Scottish Leaving Certificate Examination, 1952
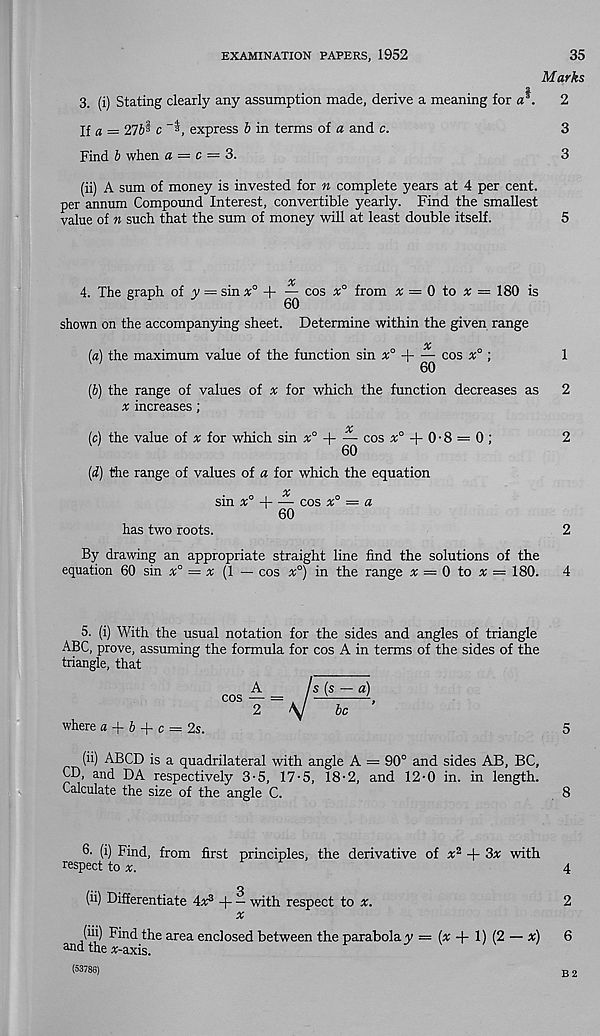
EXAMINATION PAPERS, 1952
35
Marks
3. (i) Stating clearly any assumption made, derive a meaning for a .
2
li a = 27c
express b in terms of a and c.
3
Find b when a = c = 3.
3
(ii) A sum of money is invested for n complete years at 4 per cent,
per annum Compound Interest, convertible yearly. Find the smallest
value of n such that the sum of money will at least double itself.
5
X
4. The graph of y = sin x° 4- — cos x° from x = 0 to x — 180 is
5 F
'
60
shown on the accompanying sheet. Determine within the given range
X
(a) the maximum value of the function sin x° -j
cos x° ;
1
^ '
60
(b) the range of values of x for which the function decreases as 2
x increases;
X
(c) the value of x for which sin x° -\
cos % 0 + 0 ■ 8 = 0 ;
2
60
(d) the range of values of a for which the equation
sm x -\
cos x — a
60
has two roots.
2
By drawing an appropriate straight line find the solutions of the
equation 60 sin x° = x (1 — cos x°) in the range x = 0 to x = 180. 4
5. (i) With the usual notation for the sides and angles of triangle
ABC, prove, assuming the formula for cos A in terms of the sides of the
triangle, that
A
s (s — a)
cos — = / —
2
\J
be
where a + b + c = 2s.
5
(ii) ABCD is a quadrilateral with angle A = 90° and sides AB, BC,
CD, and DA respectively 3-5, 17-5, 18-2, and 12-0 in. in length.
Calculate the size of the angle C.
8
6- (i) Find, from first principles, the derivative of x 2 + 3x with
respect to x.
4
Q
(ii) Differentiate 4X 3 -j— with respect to x.
2
x
(iii) Find the area enclosed between the parabola y = (x + 1) (2 — x) 6
and the x-axis.
(53786)
B 2